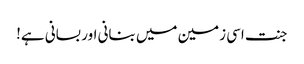
جنت اسی زمین میں بنانی اور بسانی ہے!